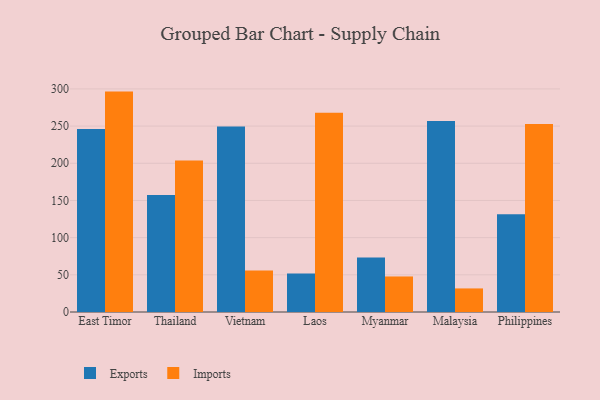
{"axis": {"x": "Country", "y": "Population (Million)"}, "legend": ["Exports", "Imports"], "data": [{"x": "East Timor", "y": 246.1, "type": "Exports"}, {"x": "East Timor", "y": 296.4, "type": "Imports"}, {"x": "Thailand", "y": 157.2, "type": "Exports"}, {"x": "Thailand", "y": 203.8, "type": "Imports"}, {"x": "Vietnam", "y": 249.5, "type": "Exports"}, {"x": "Vietnam", "y": 55.8, "type": "Imports"}, {"x": "Laos", "y": 51.7, "type": "Exports"}, {"x": "Laos", "y": 268.0, "type": "Imports"}, {"x": "Myanmar", "y": 73.4, "type": "Exports"}, {"x": "Myanmar", "y": 47.8, "type": "Imports"}, {"x": "Malaysia", "y": 256.7, "type": "Exports"}, {"x": "Malaysia", "y": 31.7, "type": "Imports"}, {"x": "Philippines", "y": 131.4, "type": "Exports"}, {"x": "Philippines", "y": 252.7, "type": "Imports"}]}